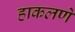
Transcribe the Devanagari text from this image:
हाकलणे